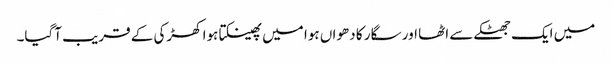
میں ایک جھٹکے سے اٹھا اور سگار کا دھواں ہوا میں پھینکتا ہوا کھڑکی کے قریب آگیا۔